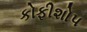
કોફીશોપ